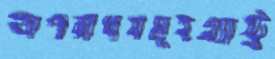
অপরাধসমূহএ্যাস্ট্র